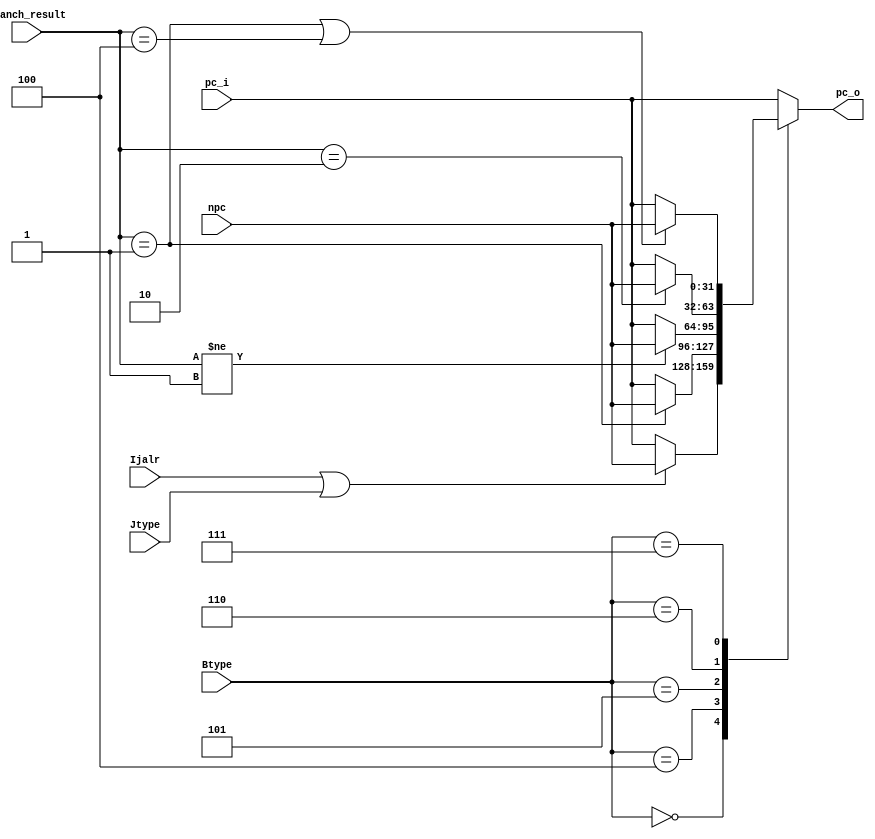
module PCUpdate (
    input [31:0] pc_i,
    input [31:0] npc,
    input [2:0] Btype,
    input [2:0] branch_result,
    input Ijalr,
    input Jtype,
    output reg [31:0] pc_o
);

parameter BRANCH_EQ = 'b001,
          BRANCH_LT = 'b010,
          BRANCH_GT = 'b100;

// reg jump_flag; // If last instruction has jumped(B-type, I-jalr or J-type), flag = 1. Or flag = 0.

always @(*) begin
    case (Btype)
        3'b000: begin // not B-type
            if (Ijalr || Jtype) begin
                pc_o = npc;
                // jump_flag = 1'b1;
            end
            // else if (jump_flag) begin
            //     // if (pc_i == 32'h00000008) begin
            //     //     pc_o = pc_i;
            //     //     jump_flag = 1'b0;
            //     // end
            //     // else begin
            //     pc_o = pc_i + 4;
            //     jump_flag = 1'b0;
            //     // end
            // end
            else begin
                pc_o = pc_i;
                // jump_flag = 1'b0;
            end
        end
        3'b100: begin // beq
            if (branch_result == BRANCH_EQ) begin
                pc_o = npc;
                // jump_flag = 1'b1;
            end
            else begin
                // if (jump_flag) begin
                //     // pc_o = pc_i + 4;
                //     pc_o = pc_i;
                //     jump_flag = 1'b0;
                // end
                // else begin
                    pc_o = pc_i;
                    // jump_flag = 1'b0;
                // end
            end
        end
        3'b101: begin //bne
            if (branch_result != BRANCH_EQ) begin
                pc_o = npc;
                // jump_flag = 1'b1;
            end
            else begin
                // if (jump_flag) begin
                //     pc_o = pc_i + 4;
                //     jump_flag = 1'b0;
                // end
                // else begin
                    pc_o = pc_i;
                    // jump_flag = 1'b0;
                // end
            end
        end
        3'b110: begin //blt
            if (branch_result == BRANCH_LT) begin
                pc_o = npc;
                // jump_flag = 1'b1;
            end
            else begin
                // if (jump_flag) begin
                //     pc_o = pc_i + 4;
                //     jump_flag = 1'b0;
                // end
                // else begin
                    pc_o = pc_i;
                    // jump_flag = 1'b0;
                // end
            end
        end
        3'b111: begin // bge
            if (branch_result == BRANCH_EQ || branch_result == BRANCH_GT) begin
                pc_o = npc;
                // jump_flag = 1'b1;
            end
            else begin
                // if (jump_flag) begin
                //     pc_o = pc_i + 4;
                //     jump_flag = 1'b0;
                // end
                // else begin
                    pc_o = pc_i;
                    // jump_flag = 1'b0;
                // end
            end
        end
        default: begin
            // if (jump_flag) begin
            //     pc_o = pc_i + 4;
            //     jump_flag = 1'b0;
            // end
            // else begin
                pc_o = pc_i;
                // jump_flag = 1'b0;
            // end
        end
    endcase
end

endmodule